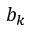
b _ { k }